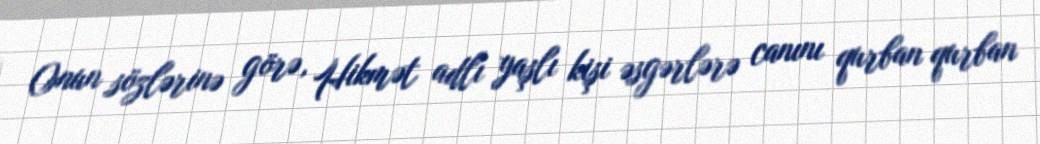
Onun sözlərinə görə, Hikmət adlı yaşlı kişi əsgərlərə canını qurban qurban